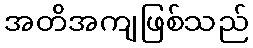
အတိအကျဖြစ်သည်